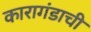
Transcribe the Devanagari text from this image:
कारागंडाची